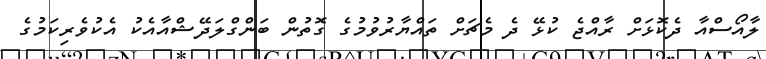
ލާއޯސްއާ ދެކޮޅަށް ރާއްޖެ ކުޅޭ ދެ މެޗަށް ތައްޔާރުވުމުގެ ގޮތުން ބަންގްލަދޭޝްއާއެކު އެކުވެރިކަމުގެ